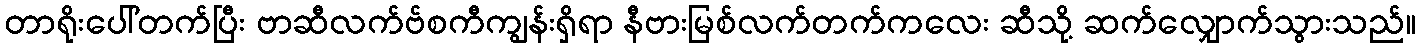
တာရိုးပေါ်တက်ပြီး ဗာဆီလက်ဗ်စကီကျွန်းရှိရာ နီဗားမြစ်လက်တက်ကလေး ဆီသို့ ဆက်လျှောက်သွားသည်။